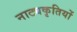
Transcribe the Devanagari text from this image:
नाट्यकृतियों